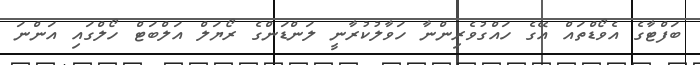
ބަފްޓާގެ އެވޯޑްތައް އޭގެ ހައްގުވެރިންނާ ހަވާލުކުރާނީ ލަންޑަންގެ ރޯޔަލް އަލްބަޓް ހޯލްގައި އަންނަ